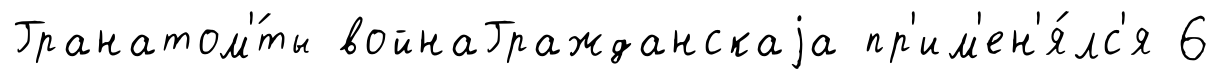
Гранатом'́ты войнаГражданскаjа пр'им'ен'я́лс'я 6